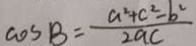
\cos B = \frac { a ^ { 2 } + c ^ { 2 } - b ^ { 2 } } { 2 a c }